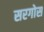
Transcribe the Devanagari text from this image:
सरगोस